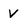
Character: V